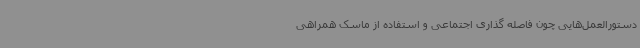
دستورالعمل‌هایی چون فاصله گذاری اجتماعی و استفاده از ماسک همراهی